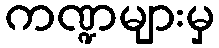
ကဏ္ဍများမှ